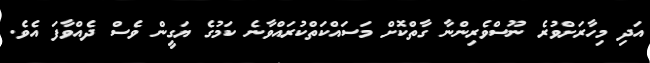
އަދި މިހާރަށްވުރެ ނޫސްވެރިންނާ ގާތްކޮށް މަސައްކަތްކުރައްވާނެ ކަމުގެ ޔަގީން ވެސް ދެއްވާފަ އެވެ.